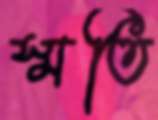
স্মতি